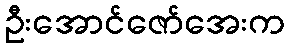
ဦးအောင်ဇော်အေးက